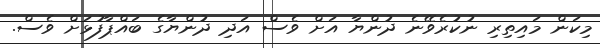
މިކަން މައިތިރި ނުކުރެވޭނެ ދުންޔާ އަށް ވެސް އަދި ދުންޔާގެ ބައްޕާފުޅަށް ވެސް.